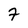
Character: F